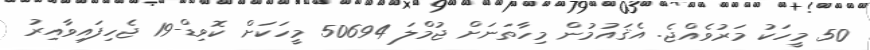
50 މީހަކު މަރުވެއްޖެ. އެޤައުމުން މިހާތަނަށް ޖުމްލަ 50694 މީހަކަށް ކޮވިޑް-19 ޖެހިފައިވާއިރު